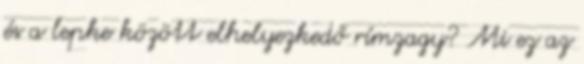
és a lepke között elhelyezkedő rímzagy? Mi ez az